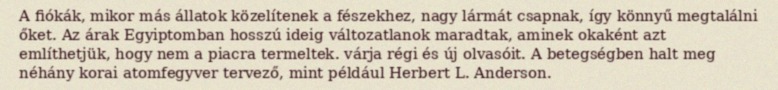
A fiókák, mikor más állatok közelítenek a fészekhez, nagy lármát csapnak, így könnyű megtalálni őket. Az árak Egyiptomban hosszú ideig változatlanok maradtak, aminek okaként azt említhetjük, hogy nem a piacra termeltek. várja régi és új olvasóit. A betegségben halt meg néhány korai atomfegyver tervező, mint például Herbert L. Anderson.